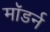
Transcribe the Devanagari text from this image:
माॅडर्न